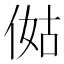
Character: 㑬